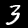
Label: 3